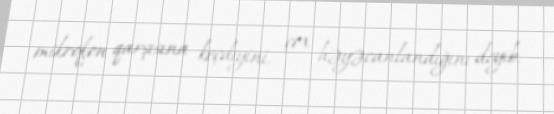
mikrofon qarşısına keçdiyini, çox həyəcanlandığını deyib.